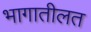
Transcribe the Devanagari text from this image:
भागातीलत